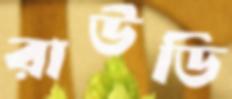
রাউডি